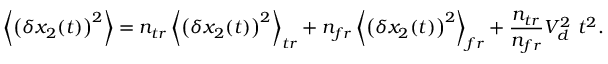
\left\langle \left( \delta x _ { 2 } ( t ) \right) ^ { 2 } \right\rangle = n _ { t r } \left\langle \left( \delta x _ { 2 } ( t ) \right) ^ { 2 } \right\rangle _ { t r } + n _ { f r } \left\langle \left( \delta x _ { 2 } ( t ) \right) ^ { 2 } \right\rangle _ { f r } + \frac { n _ { t r } } { n _ { f r } } V _ { d } ^ { 2 } \ t ^ { 2 } .